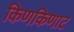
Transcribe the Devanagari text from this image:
किणकिणाट